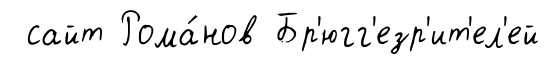
сайт Рома́нов Бр'югг'езр'ит'ел'ей